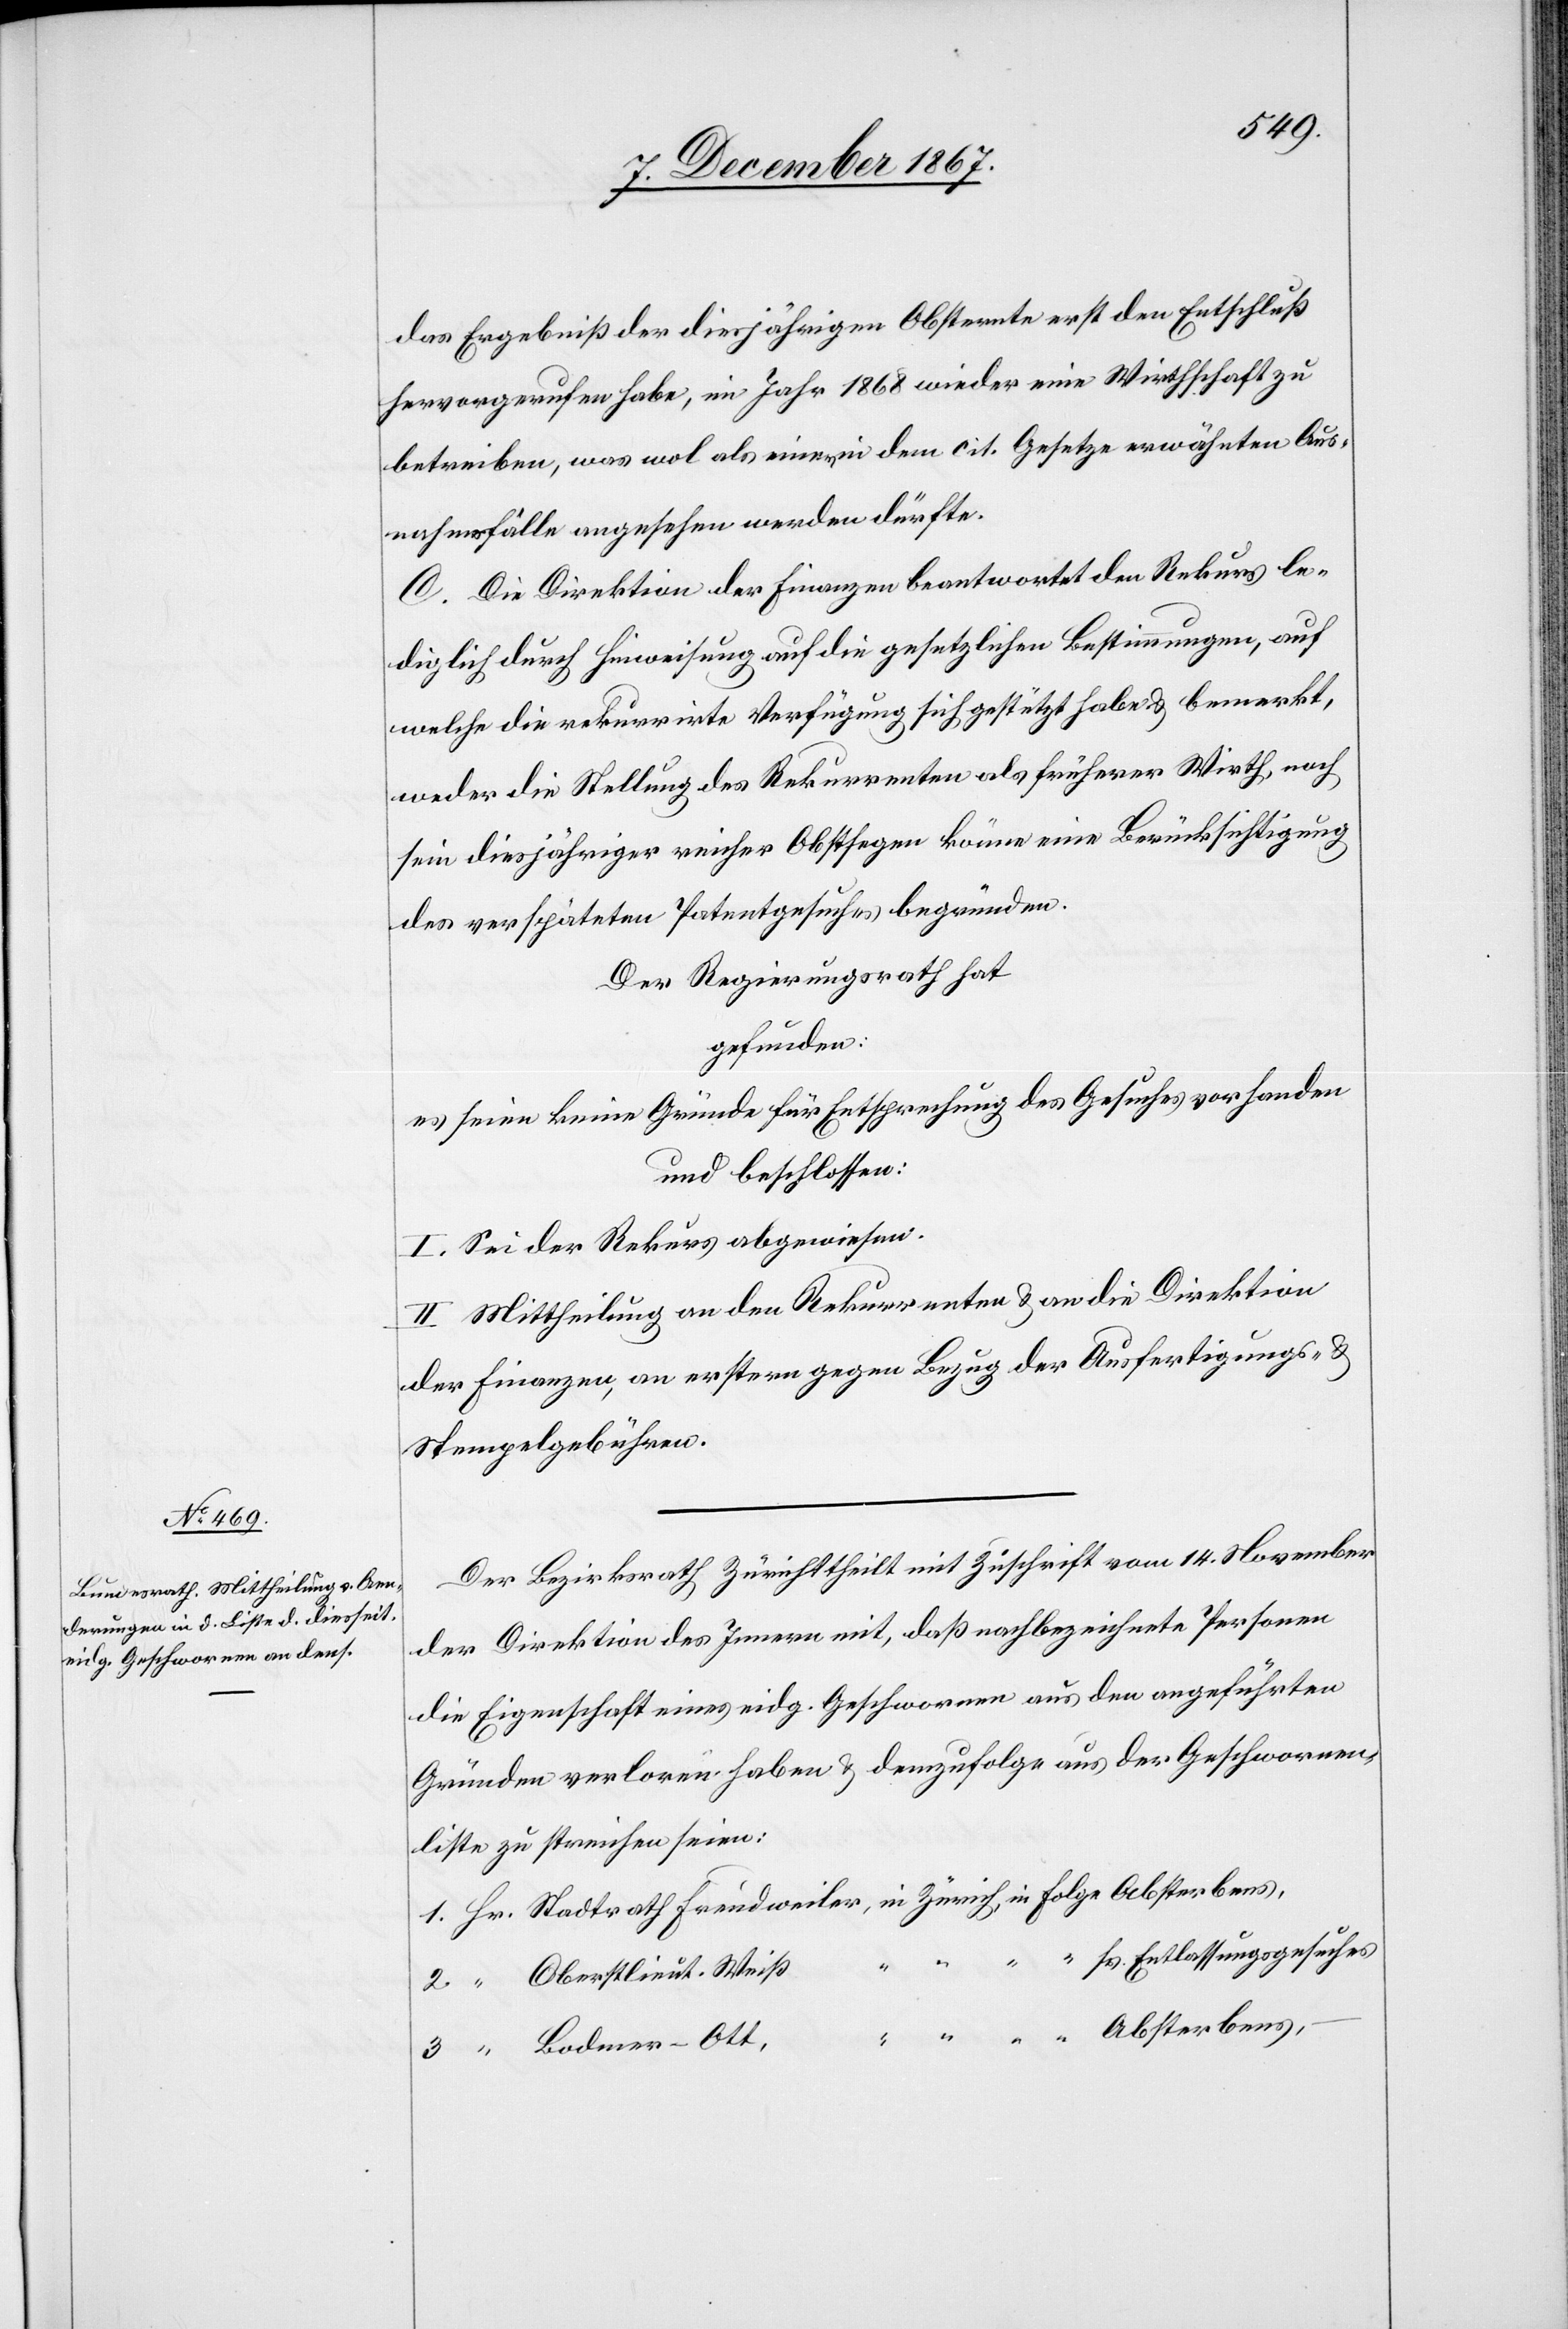
das Ergebniß der diesjährigen Obsternte den Entschluß
hervorgerufen habe, im Jahr 1868 wieder eine Wirthschaft zu
betreiben, was wol als einen in dem cit. Gesetze erwähnten Aus¬
nahmsfälle angesehen werden dürfte.
C. Die Direktion der Finanzen beantwortet den Rekurs le¬
diglich durch Hinweisung auf die gesetzlichen Bestimmungen, auf
welche die rekurrirte Verfügung sich gestützt habe u. bemerkt,
weder die Stellung des Rekurrenten als früherer Wirth, noch
sein diesjähriger reicher Obstsegen könne eine Berücksichtigung
des verspäteten Patentgesuches begründen.
Der Regierungsrath hat,
gefunden:
es seien keine Gründe für Entsprechung des Gesuches vorhanden
und beschlossen:
I. Sei der Rekurs abgewiesen.
II. Mittheilung an den Rekurrenten u. an die Direktion
der Finanzen, an erstern gegen Bezug der Ausfertigungs- u.
Stempelgebühren.
Der Bezirksrath Zürich theilt mit Zuschrift vom 14. November
der Direktion des Innern mit, daß nachbezeichnete Personen
die Eigenschaft eines eidg. Geschwornen aus den angeführten
Gründen verloren haben u. demzufolge aus der Geschwornen¬
liste zu streichen seien:
seines Entlassungsgesuches
Oberstlieut. Weiß